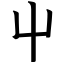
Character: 屮